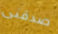
صدقنى